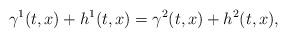
LaTeX: \begin{align*}\gamma^1(t, x) + h^1(t, x) = \gamma^2(t, x) + h^2(t, x) , \end{align*}